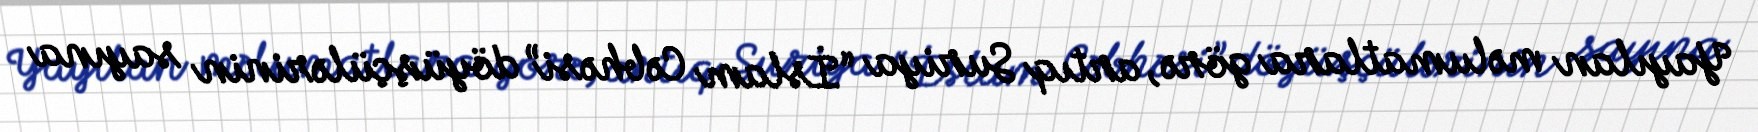
Yayılan məlumatlara görə, artıq Suriya “İslam Cəbhəsi” döyüşçülərinin sayına